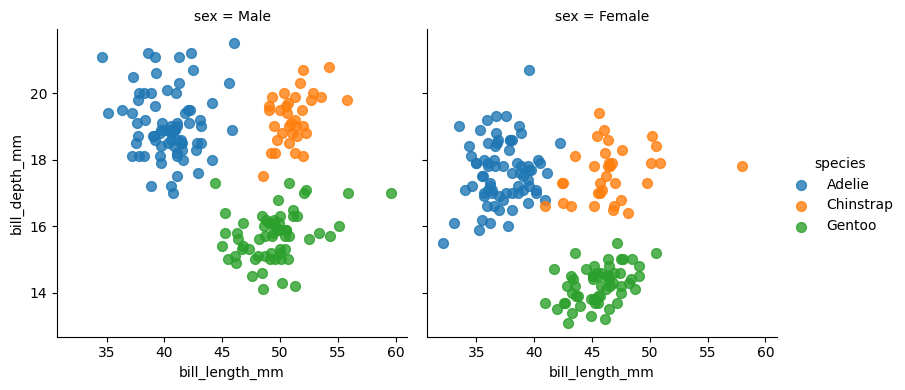
python, seaborn, lmplot, aspect=1.0, order=1, markers='o'